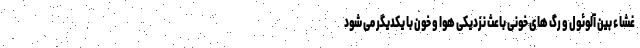
غشاء بین آلوئول و رگ های خونی باعث نزدیکی هوا و خون با یکدیگر می شود